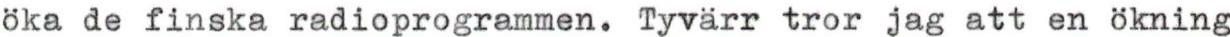
öka de finska radioprogrammen. Tyvärr tror jag att en ökning